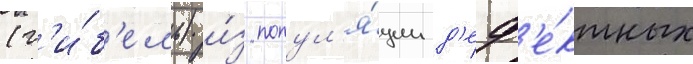
(г'и́б'ель) и́з попул'я́ции д'еф'е́ктных